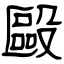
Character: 毆